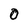
Character: 0